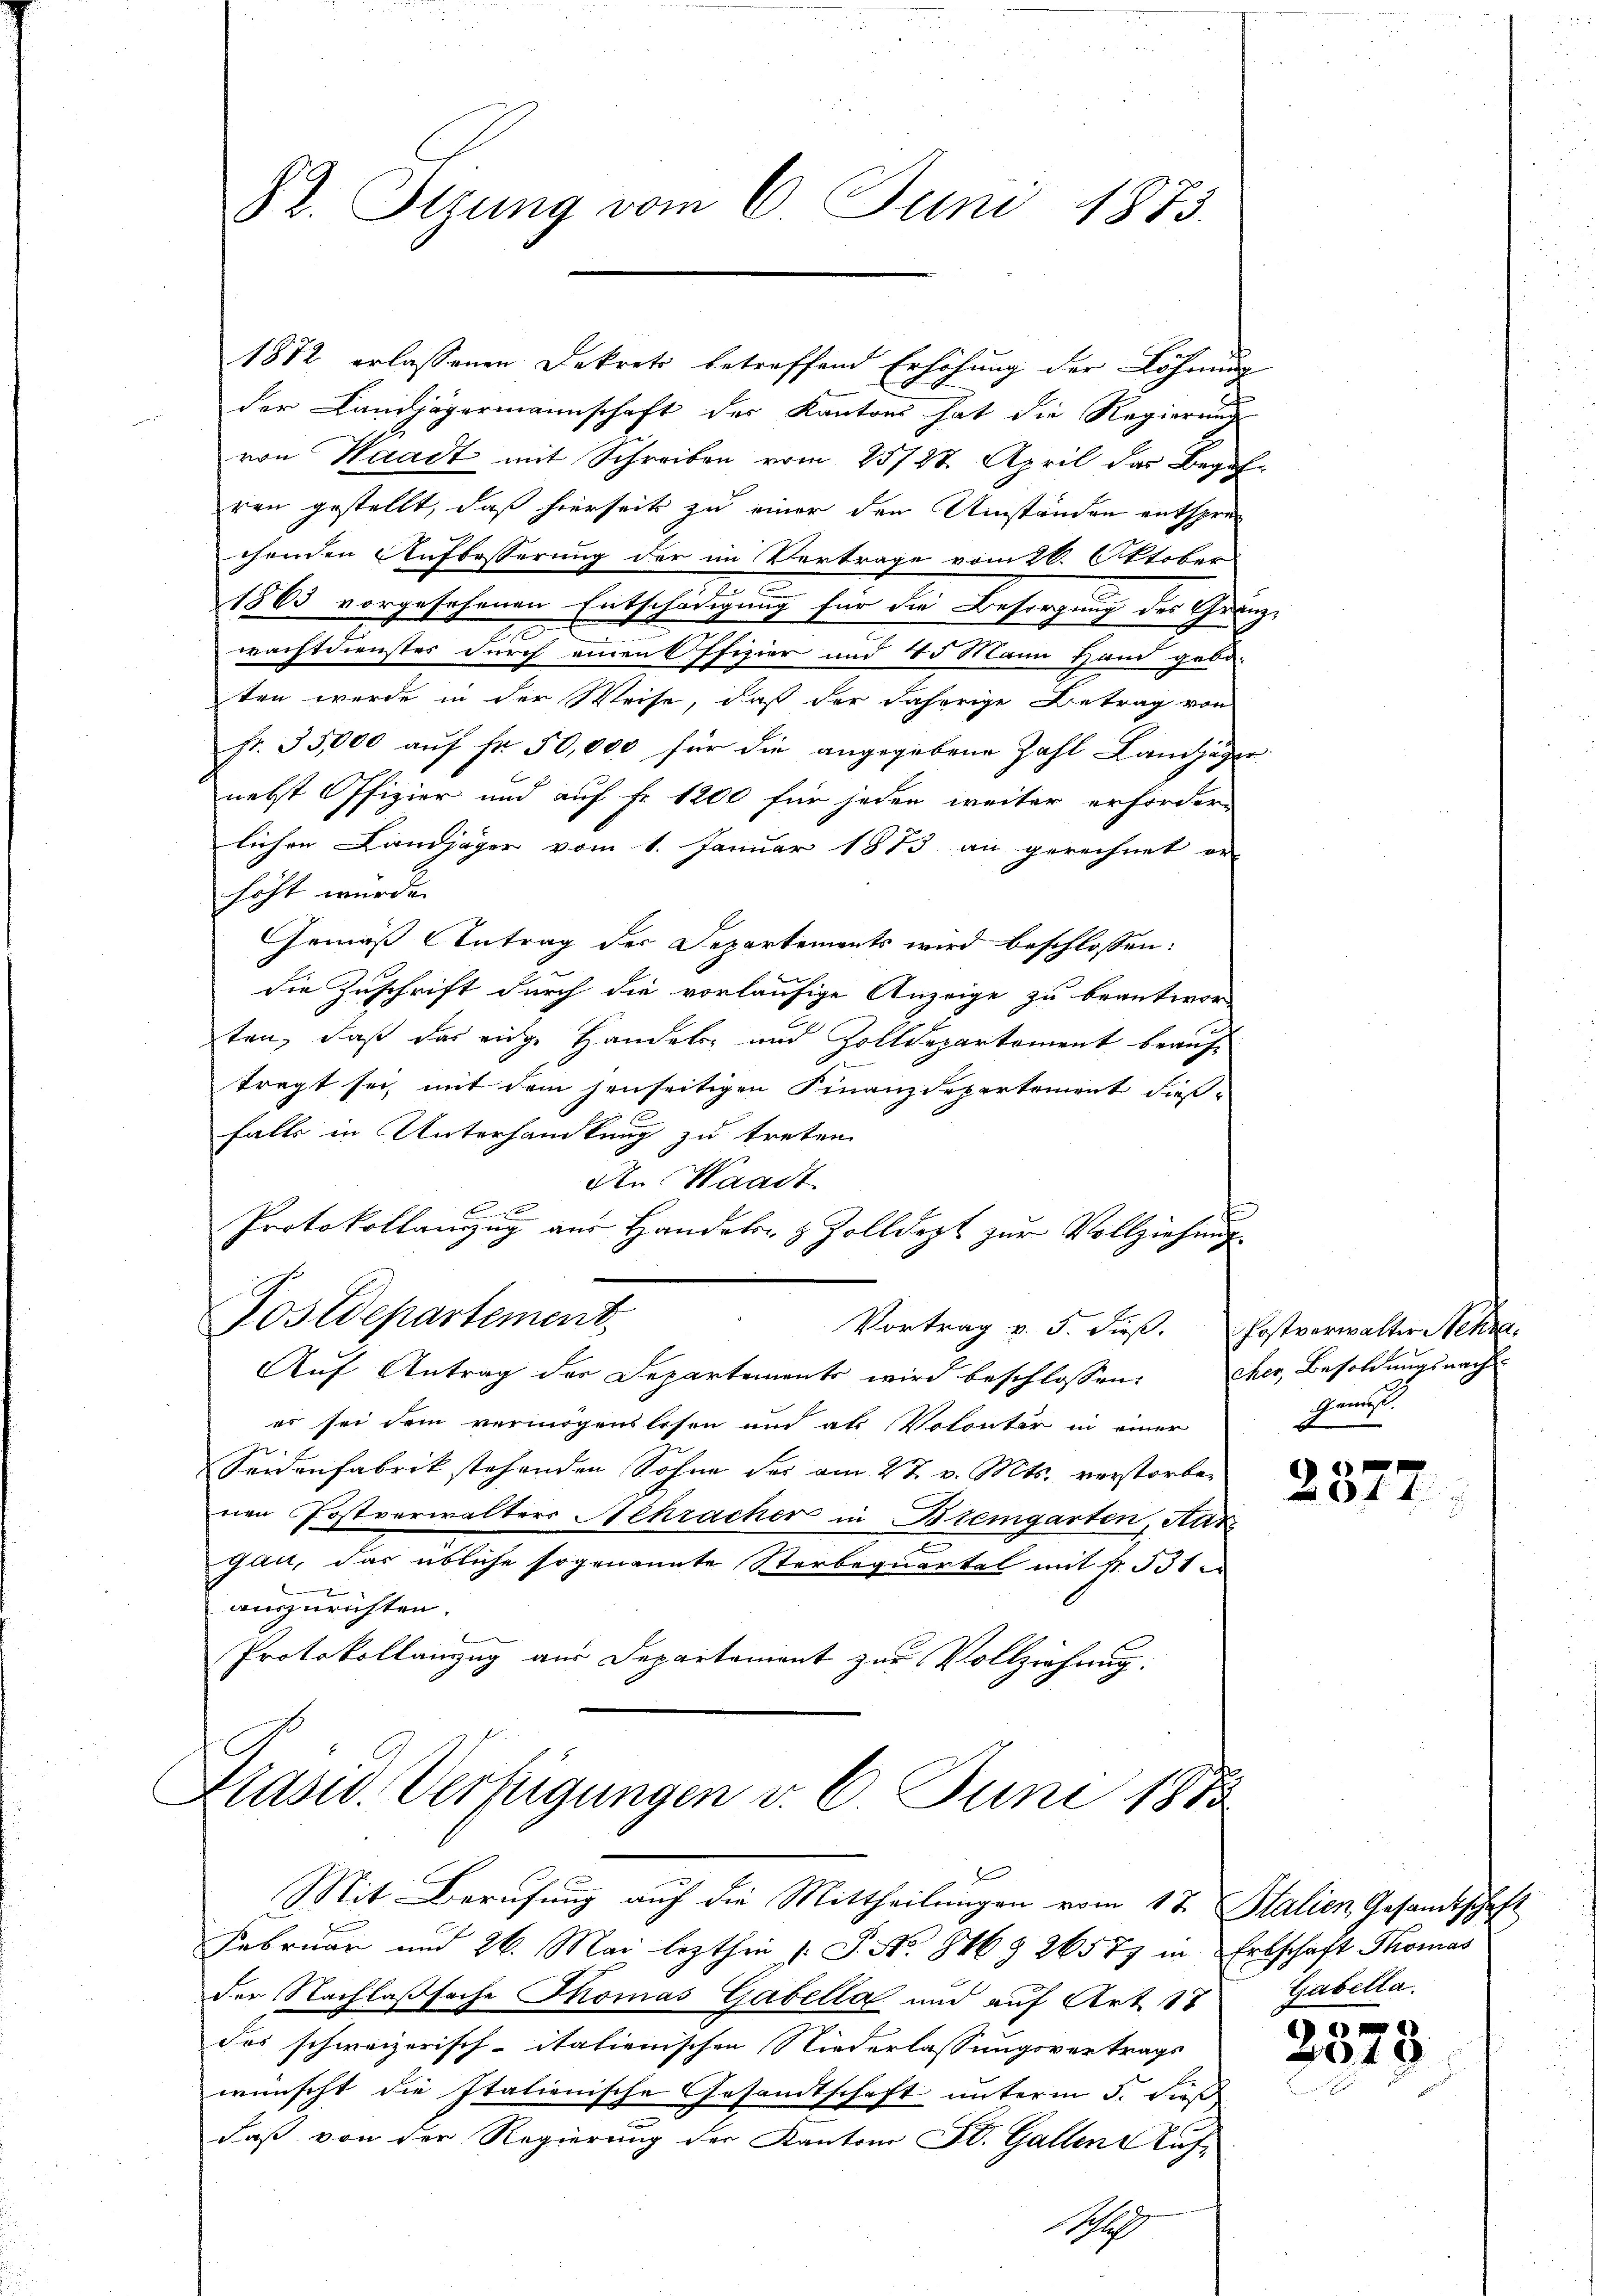
1872 erlassenen Dekrets betreffend Erhöhung der Löhnung
der Landjägermannschaft der Kantons hat die Regierung
von Waadt mit Schreiben vom 25727. April das Begehr
ren gestellt, daß hierseits zu einer den Umständen entsprec
chenden Aufbesserung der im Vertrage vom 26. Oktober
1865 vorgesehenen Entschädigung für die Besorgung des Gränz(...)
wachtdienstes durch einen Offizier und 15 Mann Hand gebo-
ten wurde in der Weise, daß der daherige Betrag von
fr. 35,000 aŭf fr. 50,000 für die angegebene Zahl Landjäger
nebst Offizier und auf fr. 1200 für jeden weiter erfordern
lichen Landjäger vom 1. Januar 1873 an gerechnet er
höht werden
Gemäß Antrag der Departements wird beschlossen:
die Zuschrift durch die vorläufige Anzeige zu beantwor-
ten, daß das eige Handels- und Zolldepartement beauftragt sei, mit dem jenseitigen Finanzdepartement dießfalls in Unterhandlung zu treten.
den Waadt
F
Protokollauszug aus Handels- & Zolldept zur Vollziehung
Postdepartement
Vortrag v. 5. dieβ. Postverwalter Nekra
Auf Antrag des Departements wird beschlossen: her Besoldungsnach
es sei dem vermögenslosen und als Volontär in einer
2
eidenfabrik stehenden Sohne des am 27. v. Mts. verstorben
nen Postverwalters Achracher in Bremgarten, Har
gau, das übliche sogenannte Sterbequartal mit fr. 531
auszurichten.
Protokollanzug aus Departement zur Vollziehung:

82. Itzung vom 6. Juni 1873.

Kasid. Verfügungen d. 6. Juni 1810
d
Mit Berufung auf die Mittheilungen vom 17. Stalien Gesamtschaft
Februar und 26. Mai lezthin 1 S. No. 846 § 26577 in Erbschaft Thomas

der Nachlaßsache Thomas Gabella und auf Art 17 Gabella.
das schweizerisch-itationischen Niederlassungsvertrags
wünscht die Italienische Gesandtschaft unterm 5. dieß
daß von der Regierung der Kantons St. Gallen Auf¬
H.

Geners.
d

e
2311

2
2040